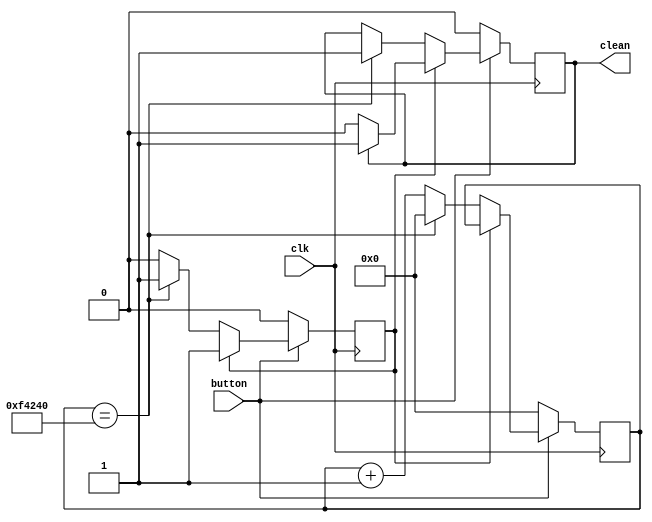
// Unused in project, but this is another debouncer we were working with
// for the keyboard from lab 4.

`timescale 1ns / 1ps

module debouncer(
    input clk,
    input button,
    output reg clean //clean signal, high or low
    );
    reg [19:0]deb_count;
    reg output_exist; // indicates if the clean output is set
    reg [19:0] max = 20'd1000000; //modified to create a debounce time of 10 ms.
    
    initial begin
        clean = 0;
    end
    always @(posedge clk) begin
        if(button == 1'b1) begin
            if(output_exist == 1'b0) begin
                if(deb_count == max) begin
                    clean = 1;
                    deb_count = 0;
                    output_exist = 1;
                end else begin
                    deb_count = deb_count + 20'b00001;
                end
            end else begin
                if(clean == 1'b1)
                    clean = 1;
                else
                    clean = 0;
            end 
        end else begin
            deb_count = 0;
            output_exist = 0;
            clean = 0;
        end
    end
    
endmodule